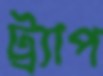
ট্র্যাপ